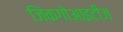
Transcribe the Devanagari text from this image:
जिंकगोआइटीज